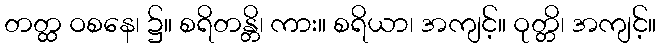
တတ္ထ ဝစနေ၊ ၌။ စရိတန္တိ၊ ကား။ စရိယာ၊ အကျင့်။ ဝုတ္တိ၊ အကျင့်။